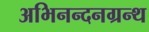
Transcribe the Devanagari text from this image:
अभिनन्दनग्रन्थ